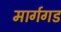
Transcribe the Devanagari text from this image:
मार्गगड